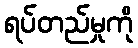
ရပ်တည်မှုကို